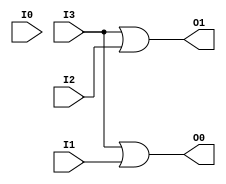
module enc(I3, I2, I1, I0, O1, O0);
	input I3, I2, I1, I0;
	output O1, O0;
	or(O1,I3,I2);
	or(O0,I3,I1);
endmodule

module test;
	reg i3, i2, i1, i0;
	wire o1, o0;
	enc gnc(i3, i2, i1, i0, o1, o0);
	initial begin
		$dumpfile("encoder4X2(Gate Flow Modelling).vcd");
		$dumpvars(0,test);
		$display("I3\tI2\tI1\tI0\tO1\tO0");
		$monitor("%b\t%b\t%b\t%b\t%b\t%b",i3,i2,i1,i0,o1,o0);
		#0  i3=0;i2=0;i1=0;i0=1;
		#10 i3=0;i2=0;i1=1;i0=0;
		#10 i3=0;i2=1;i1=0;i0=0;
		#10 i3=1;i2=0;i1=0;i0=0;
		#10 
		$finish;
	end
endmodule